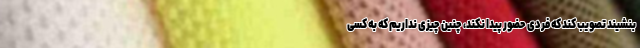
بنشیند تصویب کند که فردی حضور پیدا نکند، چنین چیزی نداریم که به کسی